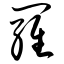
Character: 罗